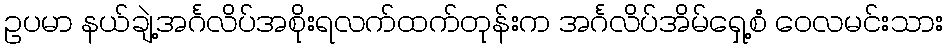
ဥပမာ နယ်ချဲ့အင်္ဂလိပ်အစိုးရလက်ထက်တုန်းက အင်္ဂလိပ်အိမ်ရှေ့စံ ဝေလမင်းသား